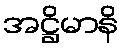
အဋ္ဌိမာနိ